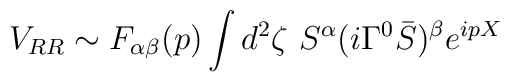
V_{RR} \sim  F_{\alpha\beta}(p) \int d^2\zeta\ S^\alpha (i\Gamma^0{\bar S})^\beta e^{ipX}